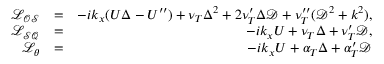
\begin{array} { r l r } { \mathcal { L _ { O S } } } & { = } & { - i k _ { x } ( U \Delta - U ^ { \prime \prime } ) + \nu _ { T } \Delta ^ { 2 } + 2 \nu _ { T } ^ { \prime } \Delta \mathcal { D } + \nu _ { T } ^ { \prime \prime } ( \mathcal { D } ^ { 2 } + k ^ { 2 } ) , } \\ { \mathcal { L _ { S Q } } } & { = } & { - i k _ { x } U + \nu _ { T } \Delta + \nu _ { T } ^ { \prime } \mathcal { D } , } \\ { \mathcal { L _ { \theta } } } & { = } & { - i k _ { x } U + \alpha _ { T } \Delta + \alpha _ { T } ^ { \prime } \mathcal { D } } \end{array}